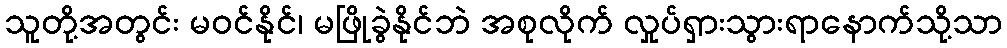
သူတို့အတွင်း မဝင်နိုင်၊ မဖြိုခွဲနိုင်ဘဲ အစုလိုက် လှုပ်ရှားသွားရာနောက်သို့သာ